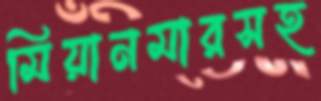
মিয়ানমারসহ